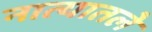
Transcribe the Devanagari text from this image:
नात्यातले